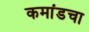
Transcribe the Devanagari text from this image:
कमांडचा